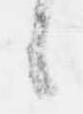
候